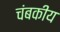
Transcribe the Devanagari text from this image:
चंबकीय